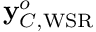
{ \mathbf { y } } _ { C , \mathrm { W S R } } ^ { o }